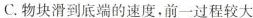
C.物块滑到底端的速度，前一过程较大